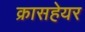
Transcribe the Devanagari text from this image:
क्रासहेयर